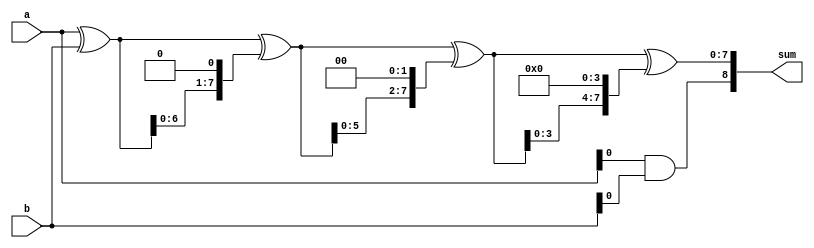
module BrentKungAdder (
    input [7:0] a,
    input [7:0] b,
    output reg [8:0] sum
);

reg [7:0] p[3:0];
reg [7:0] g[3:0];

always @* begin
    p[0] = a ^ b;
    g[0] = a & b;
    
    p[1] = p[0] ^ p[0] << 1;
    g[1] = g[0] | (p[0] & p[0] << 1); 
    
    p[2] = p[1] ^ p[1] << 2;
    g[2] = g[1] | (p[1] & p[1] << 2); 
    
    p[3] = p[2] ^ p[2] << 4;
    g[3] = g[2] | (p[2] & p[2] << 4); 

    sum = {g[3], p[3]};
end

endmodule